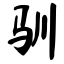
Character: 驯